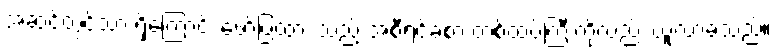
အဆင့်တွင်သာ ရှိကြောင်း ဖော်ပြထား သည့် အစီရင်ခံစာ တစ်ထပ်ကြီးကိုလည်း ယူလာခဲ့သည်။